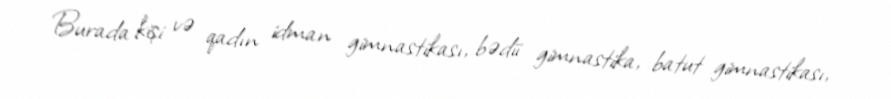
Burada kişi və qadın idman gimnastikası, bədii gimnastika, batut gimnastikası,